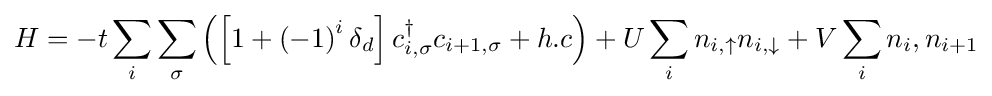
H=-t\sum _{i}\sum _{\sigma }\left(\left[1+\left(-1\right)^{i}\delta _{d}\right]c_{i,\sigma }^{\dagger }c_{i+1,\sigma }+h.c\right)+U\sum _{i}n_{i,\uparrow }n_{i,\downarrow }+V\sum _{i}n_{i},n_{i+1}